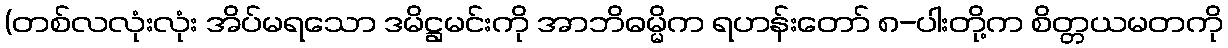
(တစ်လလုံးလုံး အိပ်မရသော ဒမိဋ္ဌမင်းကို အာဘိဓမ္မိက ရဟန်းတော် ၈-ပါးတို့က စိတ္တယမတကို